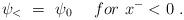
LaTeX: \begin{align*}\psi _<~ =~\psi _0 ~~~~for~ x^-<0~. \end{align*}